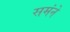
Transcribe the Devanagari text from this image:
समंने